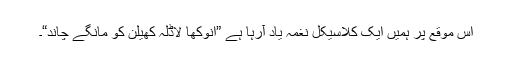
اس موقع پر ہمیں ایک کلاسیکل نغمہ یاد آرہا ہے ”انوکھا لاڈلہ کھیلن کو مانگے چاند“۔